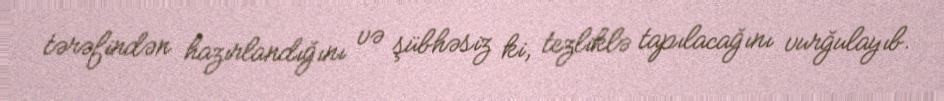
tərəfindən hazırlandığını və şübhəsiz ki, tezliklə tapılacağını vurğulayıb.